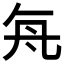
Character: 𬼊